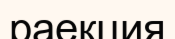
раекция